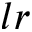
l r